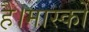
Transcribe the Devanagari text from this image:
है।मास्को